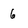
Character: 6